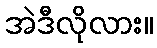
အဲဒီလိုလား။